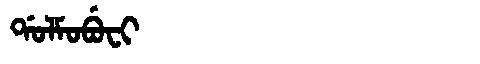
Manchu: ᡩᠣᠯᠮᠣᠪᡠᠸᡳ
Romanization: DOLMOBUFI